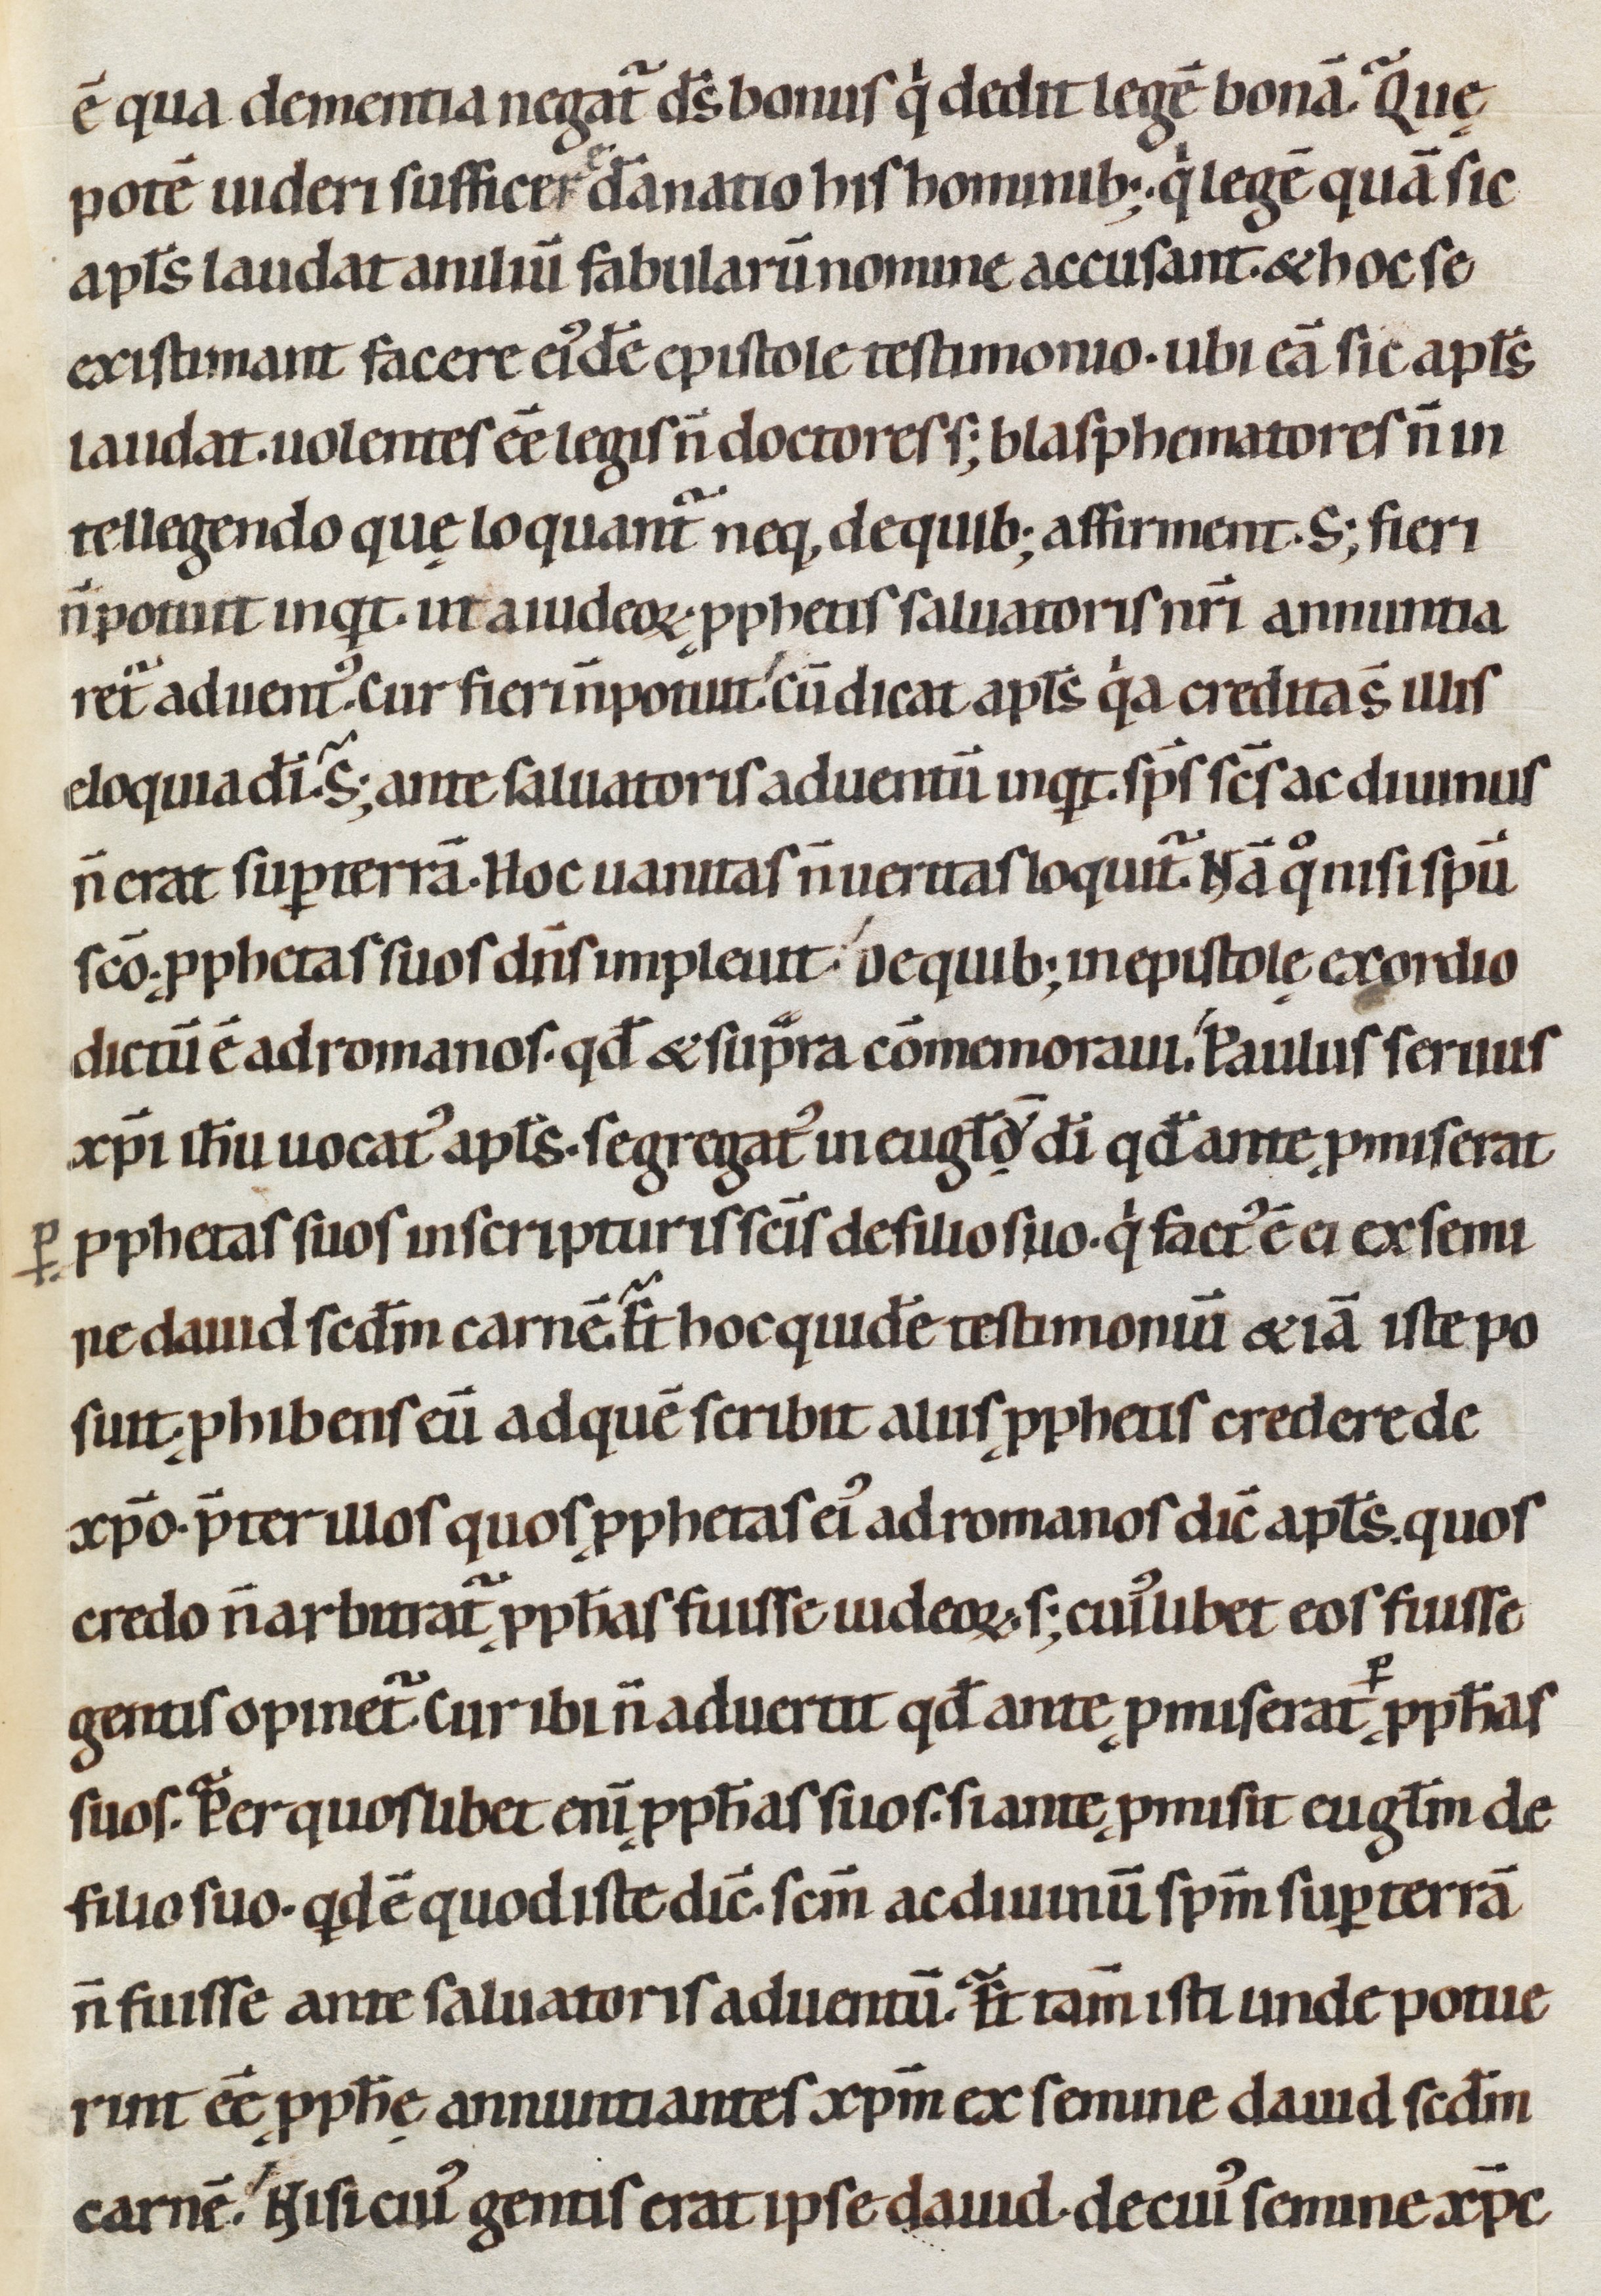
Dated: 1080–1096